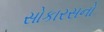
સોકારસનો